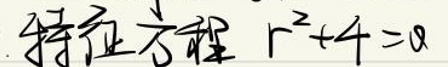
特征方程\( r^{2}+4 = 0\)